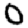
Digit: 0